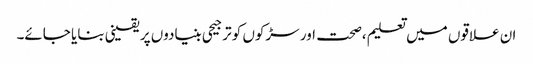
ان علاقوں میں تعلیم ،صحت اور سڑکوں کو ترجیحی بنیادوں پر یقینی بنایا جائے۔